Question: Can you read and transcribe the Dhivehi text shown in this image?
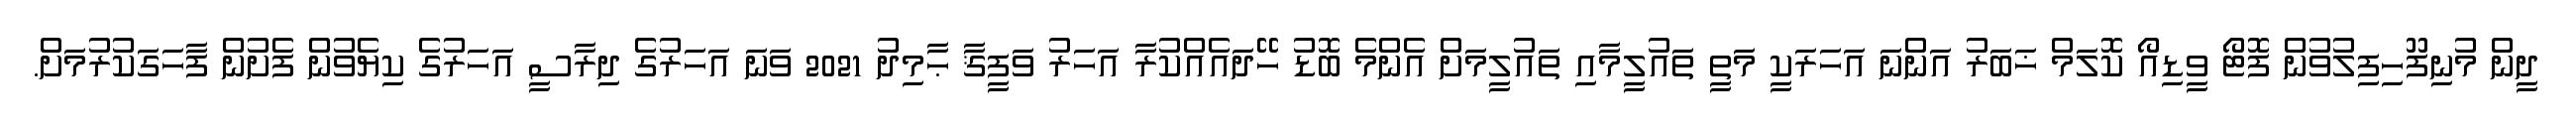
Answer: ދީން މުނިފޫހިފިލުވުން ފޮޓޯ ވީޑިއޯ ކޮލަމް ޚަބަރު އަންނަ އަހަރަކީ މަތީ ތައުލީމާއި ތައުލީމަށް އެންމެ ބޮޑު ހޭދައެއްކުރާ އަހަރު ވަފީޤާ ޙާމިދު 2021 ވަނަ އަހަރުގެ ދިރާސީ އަހަރުގެ ކިޔެވުން ފެށުން ފާހަގަކުރުމަށް.